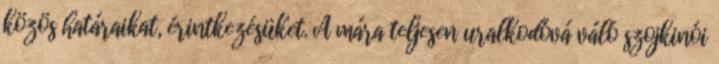
közös határaikat, érintkezésüket. A mára teljesen uralkodóvá váló szojkinói